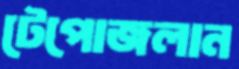
টেপোজলান